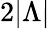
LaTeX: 2|\Lambda|